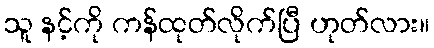
သူ နင့်ကို ကန်ထုတ်လိုက်ပြီ ဟုတ်လား။